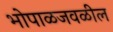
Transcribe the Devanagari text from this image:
भोपाळजवळील